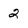
Character: 2